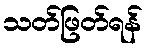
သတ်ဖြတ်ရန်